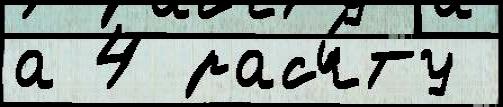
а 4 расч́ту